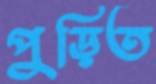
পুড়িত